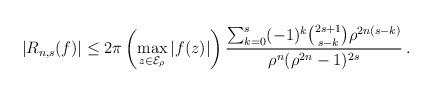
LaTeX: \begin{align*}\left|R_{n,s}(f)\right|\leq 2\pi\left(\max_{z\in\mathcal{E}_{\rho}}|f(z)|\right)\dfrac{\sum_{k=0}^s(-1)^{k}{2s+1 \choose s-k}\rho^{2n(s-k)}}{\rho^n(\rho^{2n}-1)^{2s}}\,.\end{align*}